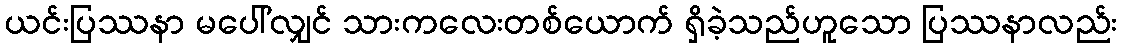
ယင်းပြဿနာ မပေါ်လျှင် သားကလေးတစ်ယောက် ရှိခဲ့သည်ဟူသော ပြဿနာလည်း